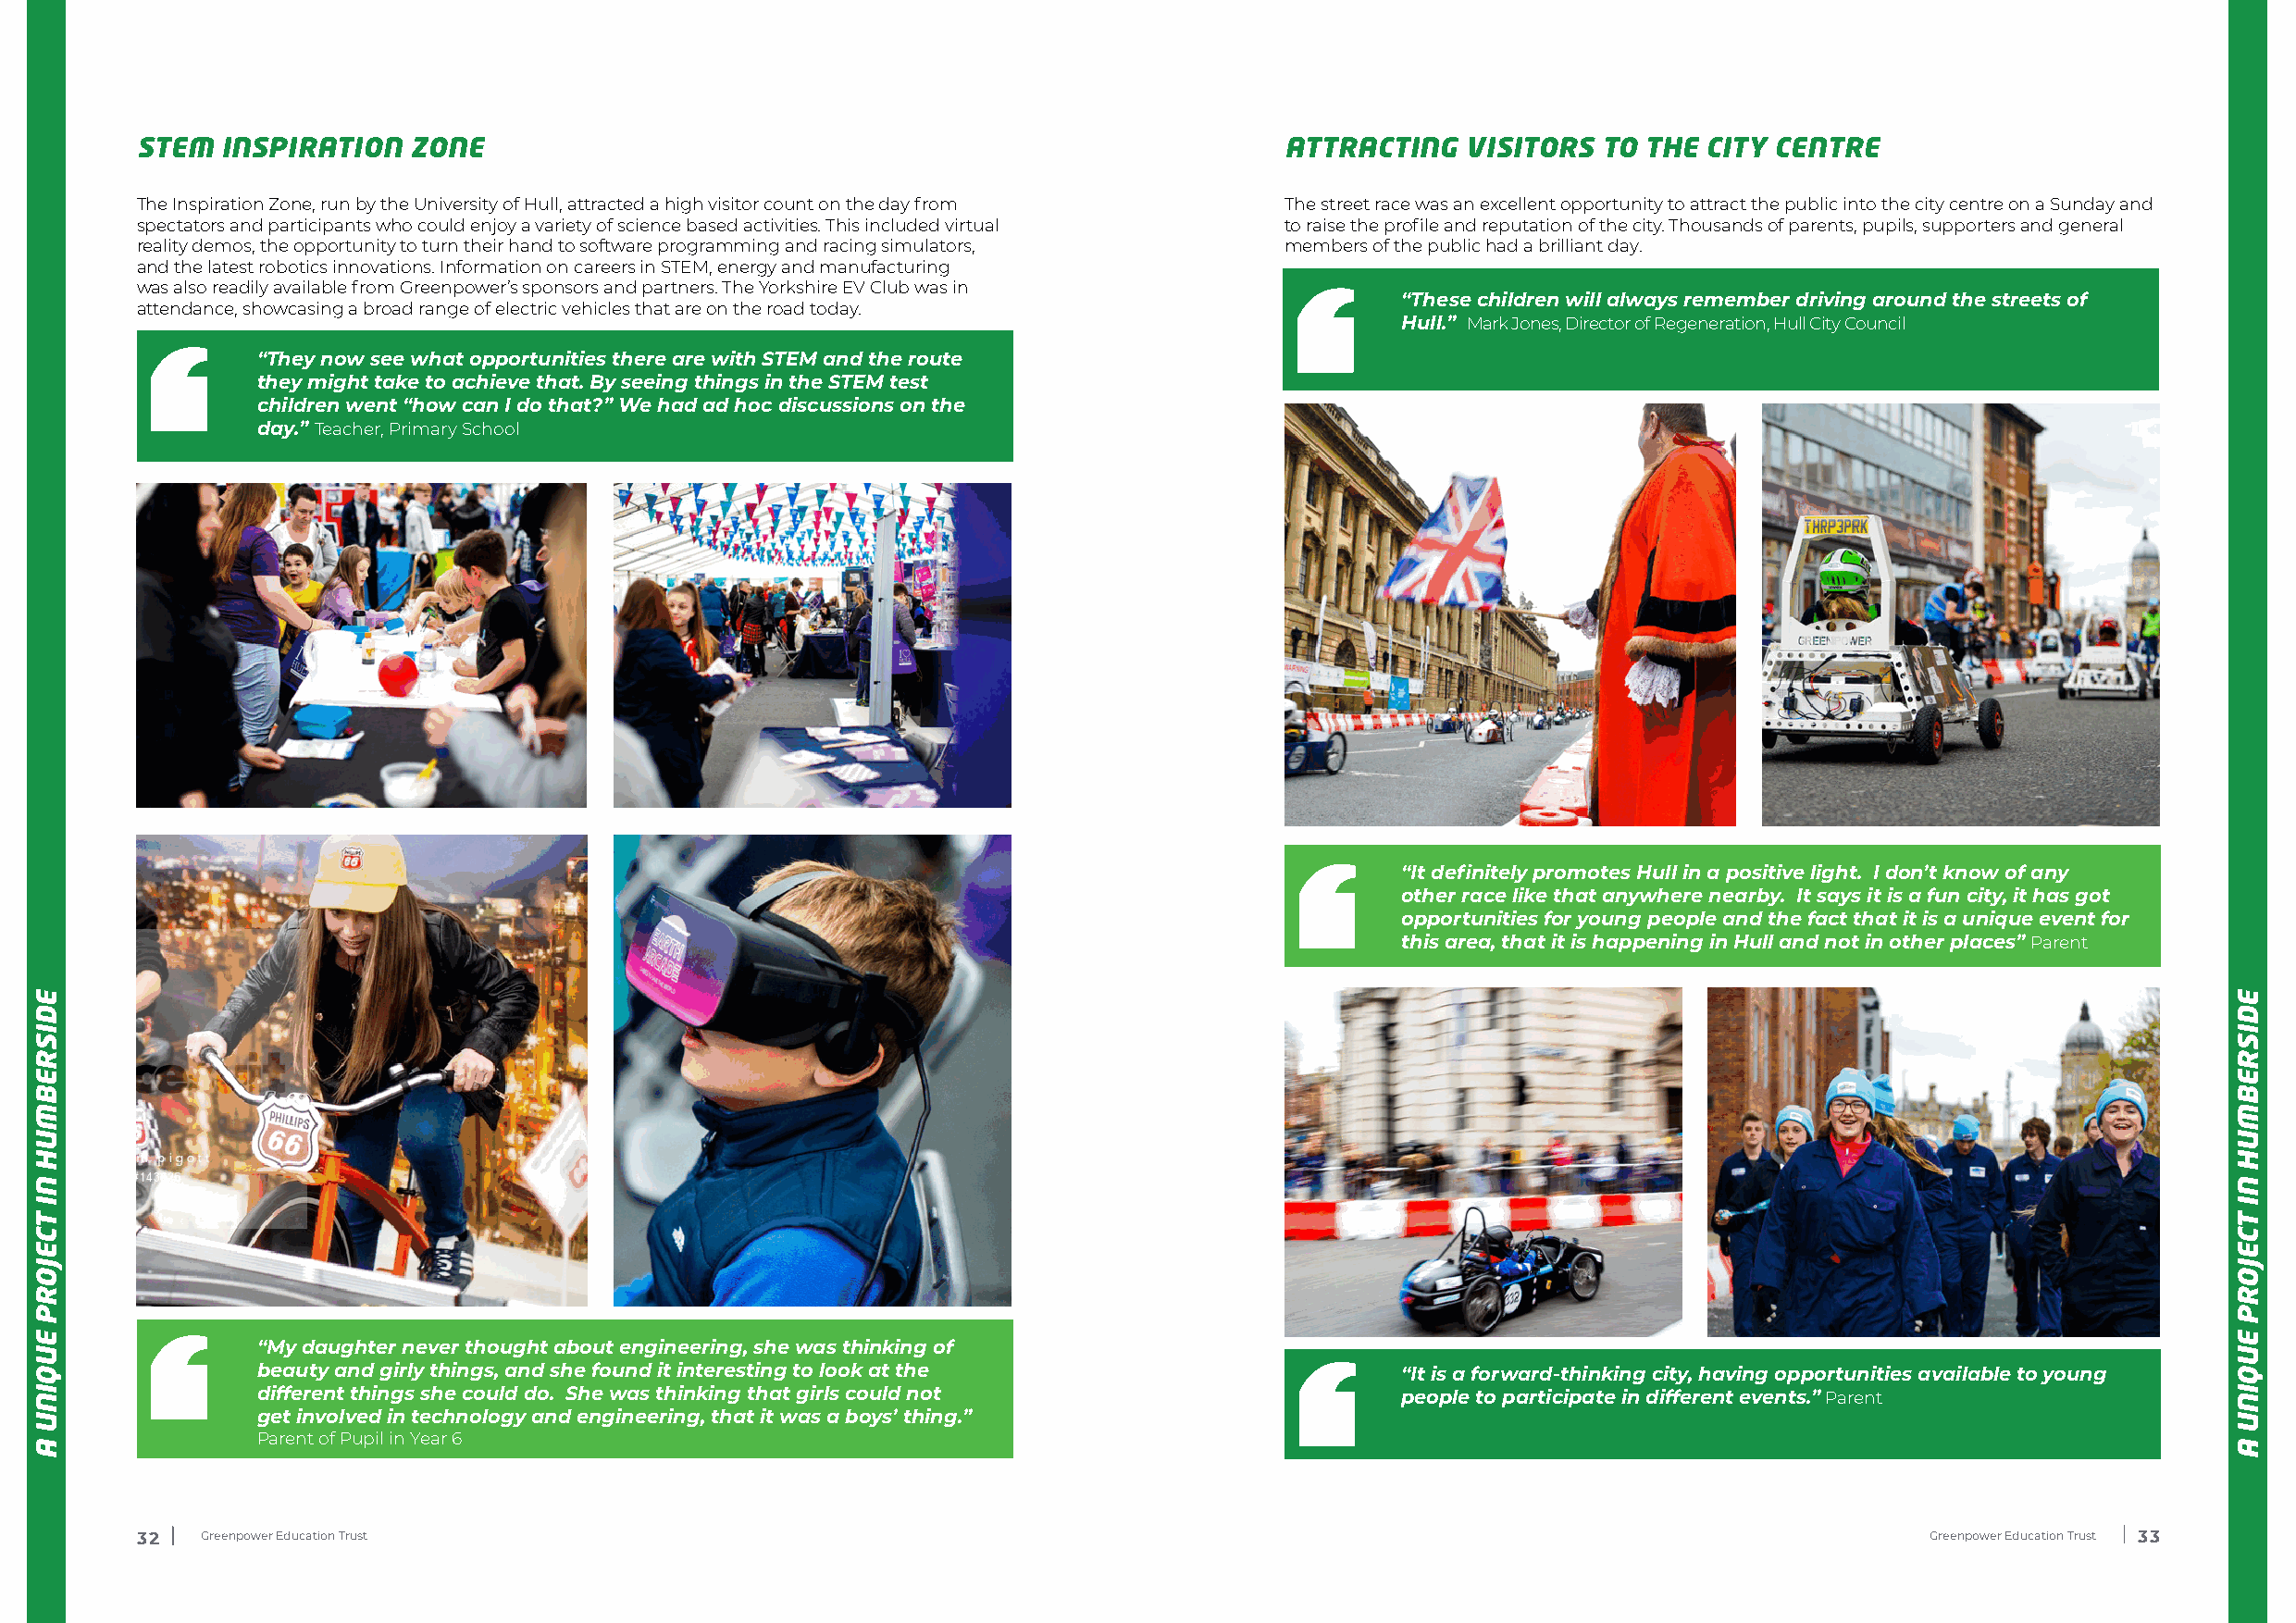
STEM  INSPIRATION  ZONE                                                           ATTRACTING   VISITORS  TO THE CITY CENTRE
 The Inspiration Zone, run by the University of Hull, attracted a high visitor count on the day from The street race was an excellent opportunity to attract the public into the city centre on a Sunday and
 spectators and participants who could enjoy a variety of science based activities. This included virtual to raise the profile and reputation of the city. Thousands of parents, pupils, supporters and general
 reality demos, the opportunity to turn their hand to software programming and racing simulators, members of the public had a brilliant day.
 and the latest robotics innovations. Information on careers in STEM, energy and manufacturing
 was also readily available from Greenpower’s sponsors and partners. The Yorkshire EV Club was in
 “These children will always remember driving around the streets of
 attendance, showcasing a broad range of electric vehicles that are on the road today.
 Hull.” Mark Jones, Director of Regeneration, Hull City Council
 “They now see what opportunities there are with STEM and the route
 they might take to achieve that. By seeing things in the STEM test
 children went “how can I do that?” We had ad hoc discussions on the
 day.” Teacher, Primary School
 “It definitely promotes Hull in a positive light. I don’t know of any
 other race like that anywhere nearby. It says it is a fun city, it has got
 opportunities for young people and the fact that it is a unique event for
 this area, that it is happening in Hull and not in other places” Parent
 “My daughter never thought about engineering, she was thinking of
 beauty and girly things, and she found it interesting to look at the              “It is a forward-thinking city, having opportunities available to young
 different things she could do. She was thinking that girls could not              people to participate in different events.” Parent
 get involved in technology and engineering, that it was a boys’ thing.”
 Parent of Pupil in Year 6
 32  Greenpower Education Trust                                                                                                  Greenpower Education Trust 33
 EDISREBMUH
 NI
 TCEJORP
 EUQINU
 A
 EDISREBMUH
 NI
 TCEJORP
 EUQINU
 A